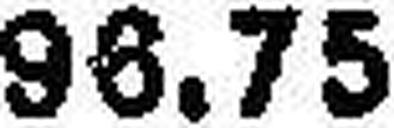
96.75